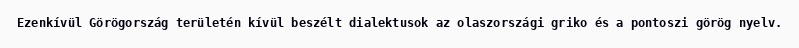
Ezenkívül Görögország területén kívül beszélt dialektusok az olaszországi griko és a pontoszi görög nyelv.